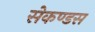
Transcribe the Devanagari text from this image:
सेकण्डस